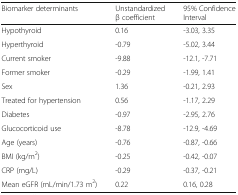
| Biomarker determinants | Unstandardized β coefficient | 95% Confidence Interval |
 | --- | --- | --- |
 | Hypothyroid | 0.16 | -3.03, 3.35 |
 | Hyperthyroid | -0.79 | -5.02, 3.44 |
 | Current smoker | -9.88 | -12.1, -7.71 |
 | Former smoker | -0.29 | -1.99, 1.41 |
 | Sex | 1.36 | -0.21, 2.93 |
 | Treated for hypertension | 0.56 | -1.17, 2.29 |
 | Diabetes | -0.97 | -2.95, 2.76 |
 | Glucocorticoid use | -8.78 | -12.9, -4.69 |
 | Age (years) | -0.76 | -0.87, -0.66 |
 | BMI (kg/m2) | -0.25 | -0.42, -0.07 |
 | CRP (mg/L) | -0.29 | -0.37, -0.21 |
 | Mean eGFR (mL/min/1.73 m2) | 0.22 | 0.16, 0.28 |